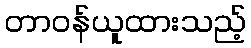
တာဝန်ယူထားသည့်